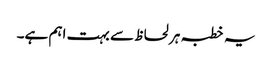
یہ خطبہ ہر لحاظ سے بہت اہم ہے۔